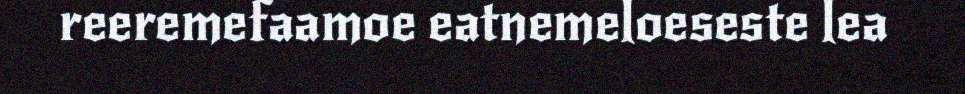
reeremefaamoe eatnemeloeseste lea